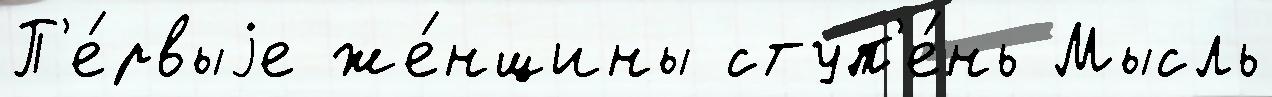
П'е́рвыjе же́нщины ступ'е́нь Мысль